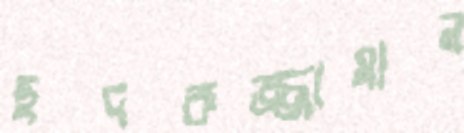
ছদরুজ্জামান